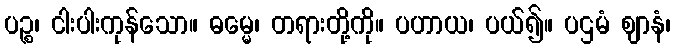
ပဉ္စ၊ ငါးပါးကုန်သော။ ဓမ္မေ၊ တရားတို့ကို။ ပဟာယ၊ ပယ်၍။ ပဌမံ ဈာနံ၊